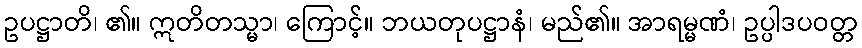
ဥပဋ္ဌာတိ၊ ၏။ ဣတိတသ္မာ၊ ကြောင့်။ ဘယတုပဋ္ဌာနံ၊ မည်၏။ အာရမ္မဏံ၊ ဥပ္ပါဒပဝတ္တ